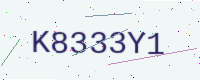
Text: K8333Y1